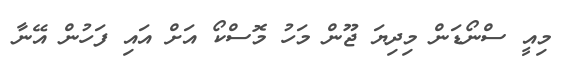
މިއީ ސްނޯޑަން މިދިޔަ ޖޫން މަހު މޮސްކޯ އަށް އައި ފަހުން އޭނާ